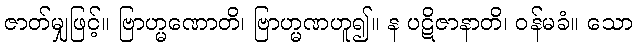
ဇာတ်မျှဖြင့်။ ဗြာဟ္မဏောတိ၊ ဗြာဟ္မဏဟူ၍။ န ပဋိဇာနာတိ၊ ဝန်မခံ။ သော